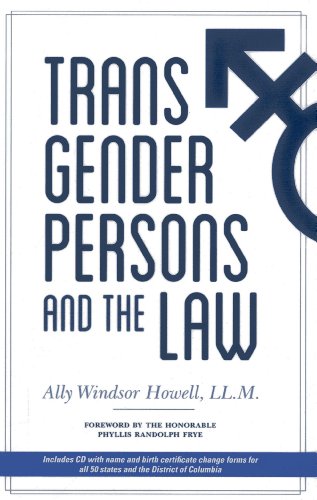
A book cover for Transgender Persons and the Law; Ally Windsor Howell; Gay & Lesbian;